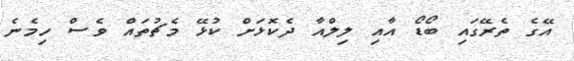
އޭގެ ތެރޭގައި ބޯޑޯ އާއި ލިލްއާ ދެކޮޅަށް ކުޅޭ މެޗުތައް ވެސް ހިމެނެ